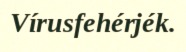
Vírusfehérjék.